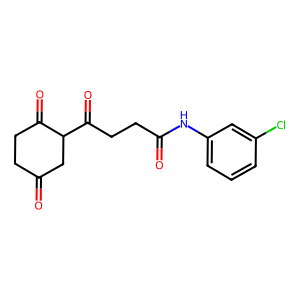
SMILES: O=C1CCC(=O)C(C(=O)CCC(=O)Nc2cccc(Cl)c2)C1
Inhibits HIV replication: No